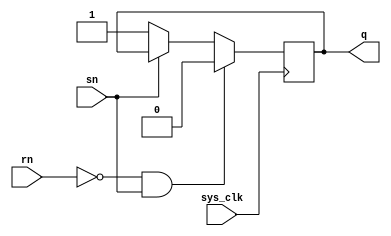
module lsra
(
	output	q,
	input		rn,
	input		sn,
	input sys_clk
);

reg	data = 1'b1;

assign q = data;

// always @(rn or sn)
always @(posedge sys_clk)
begin
	if (~rn & sn) begin
		data <= 1'b0;
	end else if (~sn) begin
		data <= 1'b1;
	end
end

endmodule